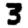
Digit: 3